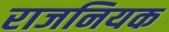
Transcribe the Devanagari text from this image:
राजनियक